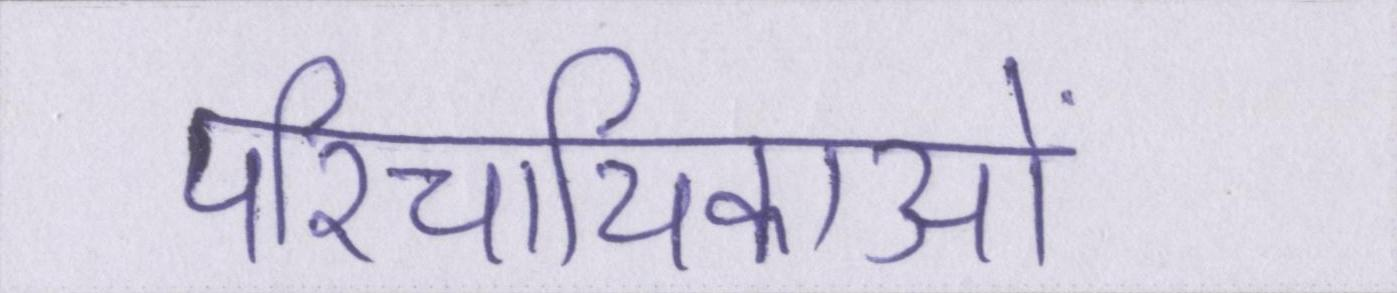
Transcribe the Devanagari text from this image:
परिचायिकाओं